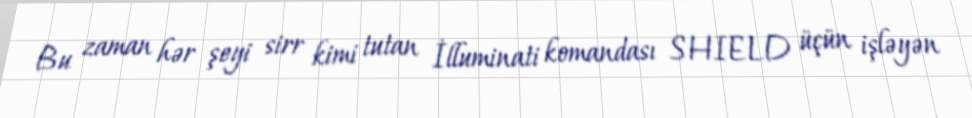
Bu zaman hər şeyi sirr kimi tutan İlluminati komandası SHIELD üçün işləyən